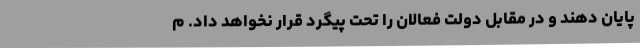
پایان دهند و در مقابل دولت فعالان را تحت پیگرد قرار نخواهد داد. م